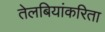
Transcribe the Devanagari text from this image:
तेलबियांकरिता